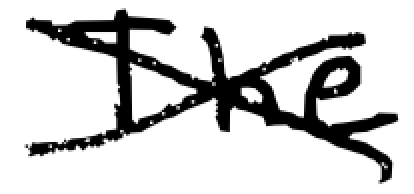
Text: The
Cross-out: cross
Writing tool: digital_black